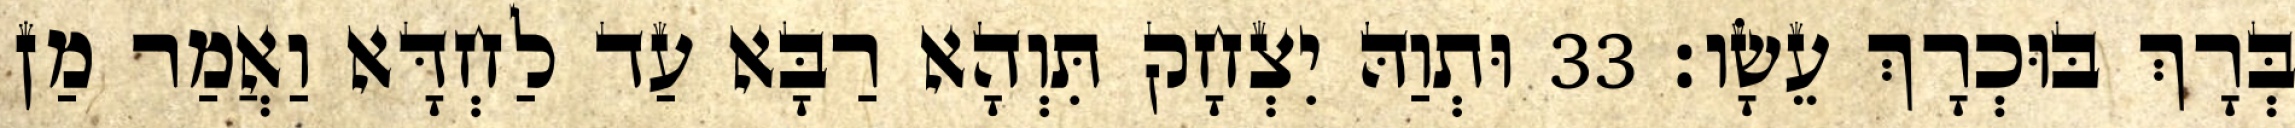
בְּרָךְ בּוּכְרָךְ עֵשָׂו׃ 33 וּתְוַהּ יִצְחָק תִּוְהָא רַבָּא עַד לַחְדָּא וַאֲמַר מַן